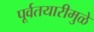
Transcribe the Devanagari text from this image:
पूर्वतयारीमुळे